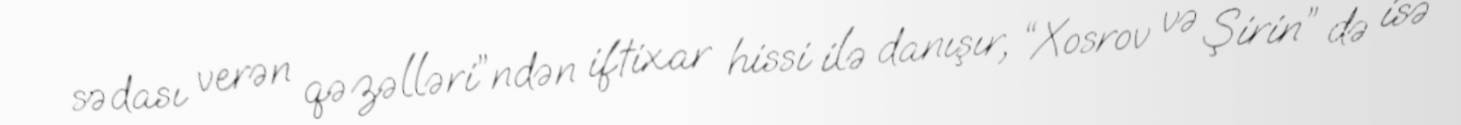
sədası verən qəzəlləri”ndən iftixar hissi ilə danışır, “Xosrov və Şirin” də isə